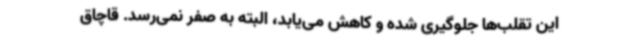
این تقلب‌ها جلوگیری شده و کاهش می‌یابد، البته به صفر نمی‌رسد. قاچاق